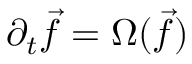
\partial _ { t } \vec { f } = \Omega ( \vec { f } )